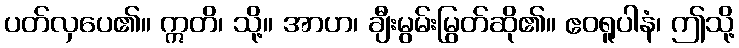
ပတ်လှပေ၏။ ဣတိ၊ သို့။ အာဟ၊ ချီးမွမ်းမြွတ်ဆို၏။ ဧဝရူပါနံ၊ ဤသို့